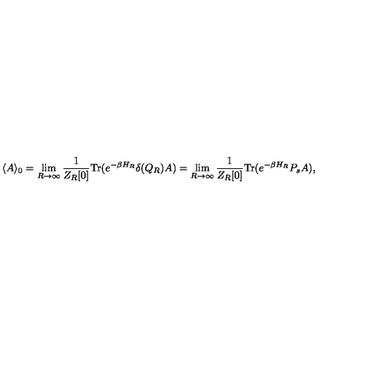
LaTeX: \langle A \rangle _ { 0 } = \lim _ { R \rightarrow \infty } \frac { 1 } { Z _ { R } [ 0 ] } \mathrm { T r } ( e ^ { - \beta H _ { R } } \delta ( Q _ { R } ) A ) = \lim _ { R \rightarrow \infty } \frac { 1 } { Z _ { R } [ 0 ] } \mathrm { T r } ( e ^ { - \beta H _ { R } } P _ { s } A ) ,